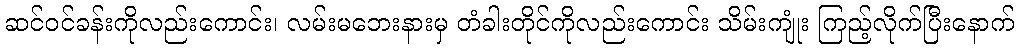
ဆင်ဝင်ခန်းကိုလည်းကောင်း၊ လမ်းမဘေးနားမှ တံခါးတိုင်ကိုလည်းကောင်း သိမ်းကျုံး ကြည့်လိုက်ပြီးနောက်